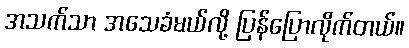
အသက်သာ အသေခံမယ်လို့ ပြန်ပြောလိုက်တယ်။